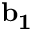
{ \bf b _ { 1 } }